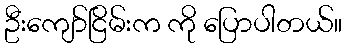
ဦးကျော်ငြိမ်းက ကို ပြောပါတယ်။